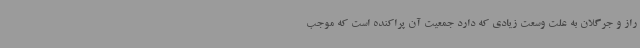
راز و جرگلان به علت وسعت زیادی که دارد جمعیت آن پراکنده است که موجب